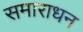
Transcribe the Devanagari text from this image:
समाराधन